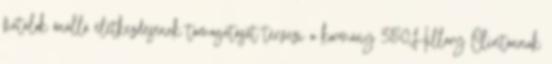
fiatalok önálló életkezdésének támogatását tervezi a kormány 350Hillary Clintonnak